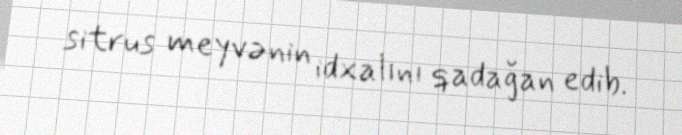
sitrus meyvənin idxalını qadağan edib.